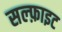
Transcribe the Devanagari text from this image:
सल्फ़ाइट